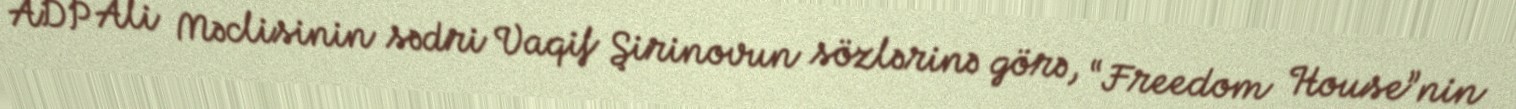
ADP Ali Məclisinin sədri Vaqif Şirinovun sözlərinə görə, “Freedom House”nin